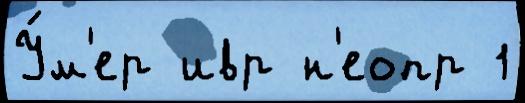
У́м'ер ивр н'еопр 1